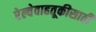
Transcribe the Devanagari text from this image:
रेल्वेवाहतूकीसाठी